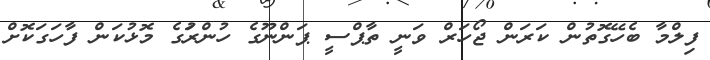
ފިލްމާ ބެހޭގޮތުން ކަރަން ޖޯހަރް ވަނީ ތާޕްސީ ޕަންނޫގެ ހުންރަުގެ މޮޅުކަން ފާހަގަކޮށް